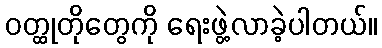
ဝတ္ထုတိုတွေကို ရေးဖွဲ့လာခဲ့ပါတယ်။